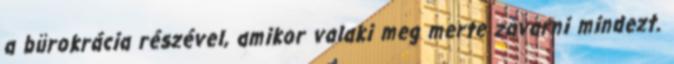
a bürokrácia részével, amikor valaki meg merte zavarni mindezt.